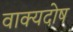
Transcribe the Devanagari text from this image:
वाक्यदोष